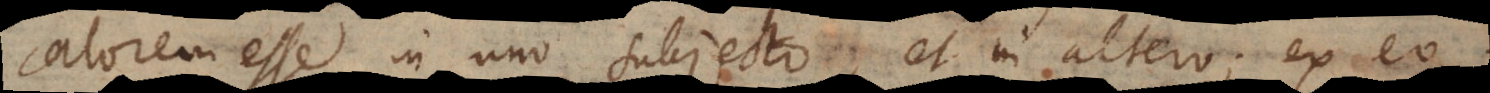
calorem esse in uno subjecto, et in altero; ex eo